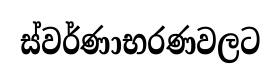
ස්වර්ණාභරණවලට